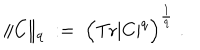
LaTeX: \| C \| _ { q } \; : = \; \Big ( \mathrm { T r } | C | ^ { q } \Big ) ^ { \frac { 1 } { q } } \; .